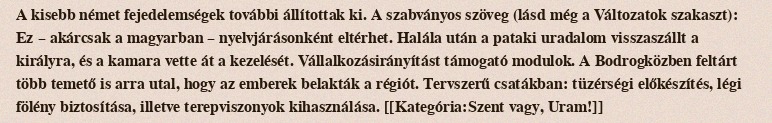
A kisebb német fejedelemségek további állítottak ki. A szabványos szöveg (lásd még a Változatok szakaszt): Ez – akárcsak a magyarban – nyelvjárásonként eltérhet. Halála után a pataki uradalom visszaszállt a királyra, és a kamara vette át a kezelését. Vállalkozásirányítást támogató modulok. A Bodrogközben feltárt több temető is arra utal, hogy az emberek belakták a régiót. Tervszerű csatákban: tüzérségi előkészítés, légi fölény biztosítása, illetve terepviszonyok kihasználása. [[Kategória:Szent vagy, Uram!]]